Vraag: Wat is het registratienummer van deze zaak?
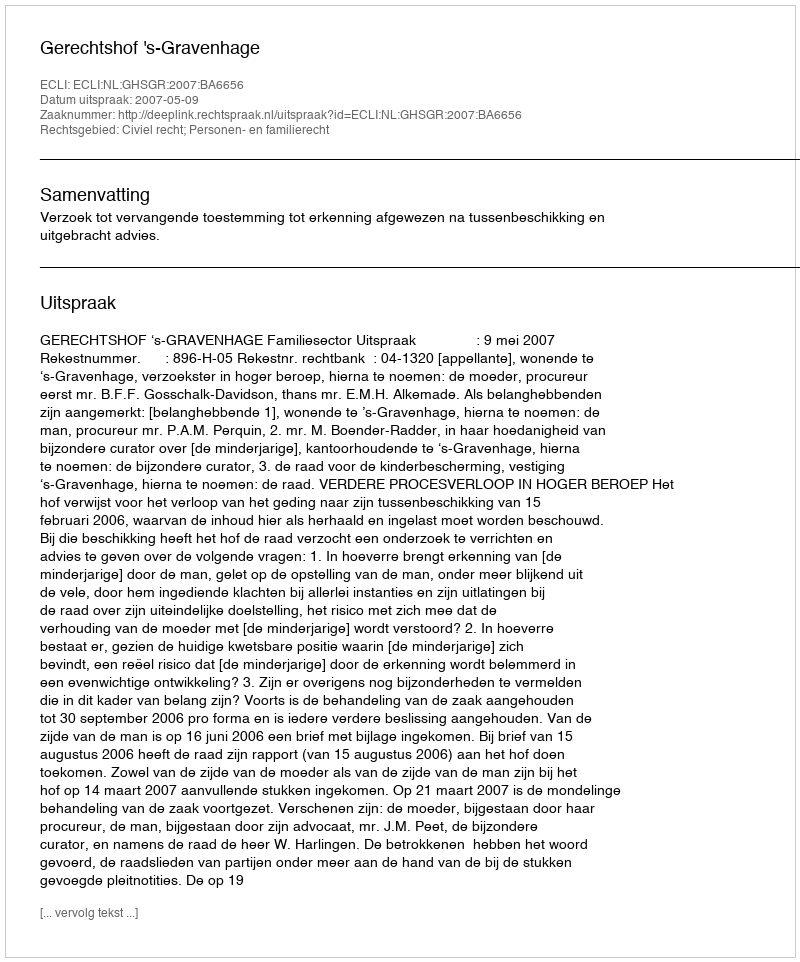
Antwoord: http://deeplink.rechtspraak.nl/uitspraak?id=ECLI:NL:GHSGR:2007:BA6656